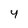
Character: 4